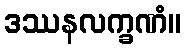
ဒဿနလက္ခဏံ။